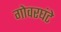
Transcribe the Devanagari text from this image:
गोवरघंटे